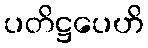
ပတိဋ္ဌပေဟိ